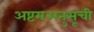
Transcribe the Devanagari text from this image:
अष्टमअनुसूची